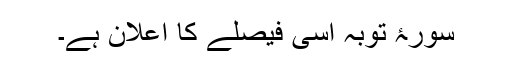
سورۂ توبہ اِسی فیصلے کا اعلان ہے۔